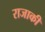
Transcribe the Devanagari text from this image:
राजाकी